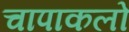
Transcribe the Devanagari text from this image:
चापाकलो